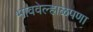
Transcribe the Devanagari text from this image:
भाववेल्हाळपणा